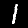
Label: 1